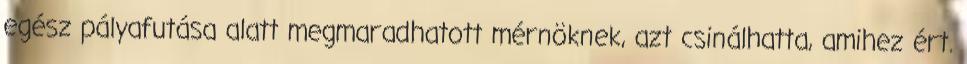
egész pályafutása alatt megmaradhatott mérnöknek, azt csinálhatta, amihez ért.